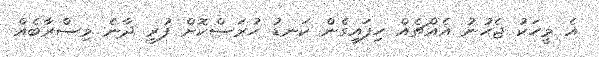
އެ މީހަކު ޖެހުނު އެއްޗެއް ހިފައިގެން ކަނޑު ހުރަސްކޮށް ފުރީ ދާނެ މިސްރާބެއް